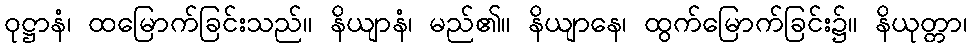
ဝုဋ္ဌာနံ၊ ထမြောက်ခြင်းသည်။ နိယျာနံ၊ မည်၏။ နိယျာနေ၊ ထွက်မြောက်ခြင်း၌။ နိယုတ္တာ၊